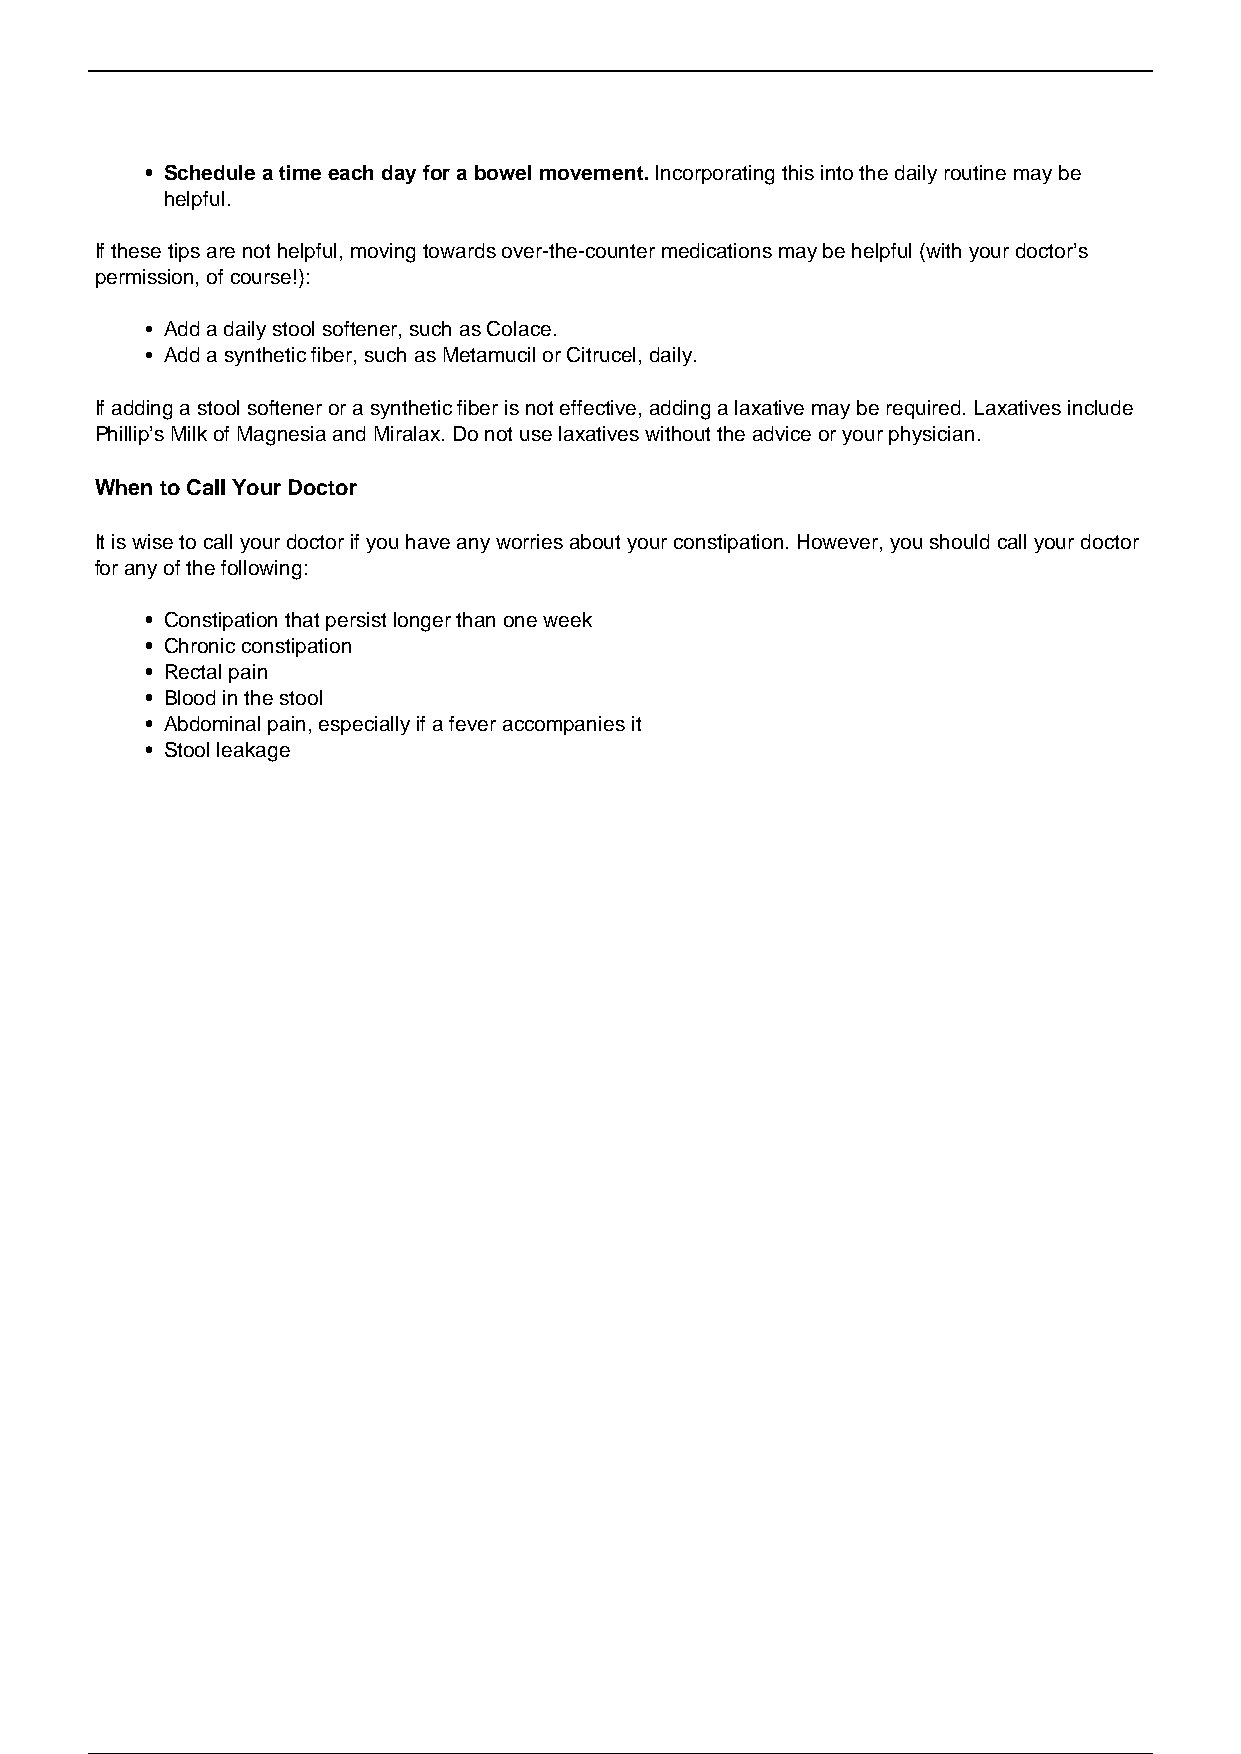
Schedule a time each day for a bowel movement. Incorporating this into the daily routine may be
 helpful.
 If these tips are not helpful, moving towards over-the-counter medications may be helpful (with your doctor’s
 permission, of course!):
 Add a daily stool softener, such as Colace.
 Add a synthetic fiber, such as Metamucil or Citrucel, daily.
 If adding a stool softener or a synthetic fiber is not effective, adding a laxative may be required. Laxatives include
 Phillip’s Milk of Magnesia and Miralax. Do not use laxatives without the advice or your physician.
 When to Call Your Doctor
 It is wise to call your doctor if you have any worries about your constipation. However, you should call your doctor
 for any of the following:
 Constipation that persist longer than one week
 Chronic constipation
 Rectal pain
 Blood in the stool
 Abdominal pain, especially if a fever accompanies it
 Stool leakage
 Powered by TCPDF (www.tcpdf.org)
 2 / 2